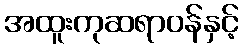
အထူးကုဆရာဝန်နှင့်